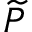
{ \widetilde P }